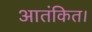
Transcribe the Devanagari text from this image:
आतंकित।